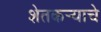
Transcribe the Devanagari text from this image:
शेतकर्‍याचे